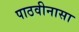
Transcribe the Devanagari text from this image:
पाठवीनासा